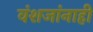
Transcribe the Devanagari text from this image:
वंशजांनाही